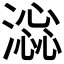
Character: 𣾫